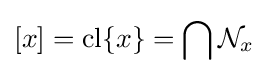
[x]={\textrm {cl}}\{x\}=\bigcap {\mathcal {N}}_{x}